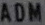
ADM